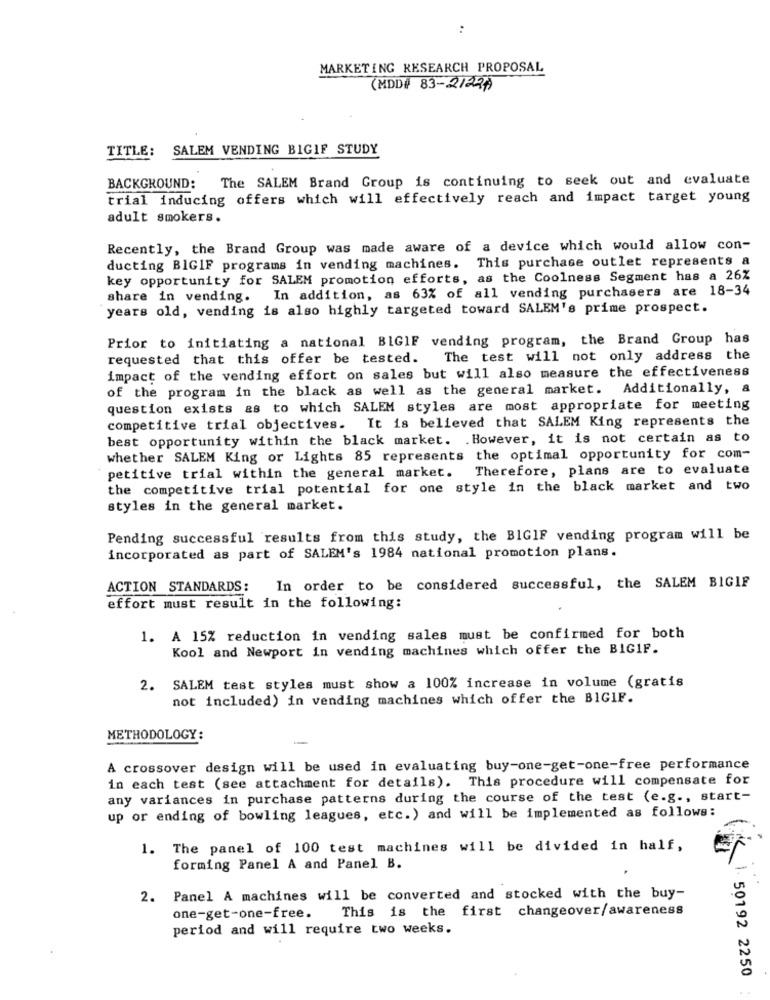
:
MARKETING RESEARCH PROPOSAL
(MDD# 83-2122)
TITLE: SALEM VENDING BIGIF STUDY
BACKGROUND: The SALEM Brand Group is continuing to seek out and evaluate
trial inducing offers which will effectively reach and impact target young
adult smokers.
Recently, the Brand Group was made aware of a device which would allow con-
ducting BIGIF programs in vending machines. This purchase outlet represents a
key opportunity for SALEM promotion efforts, as the Coolness Segment has a 26%
share in vending. In addition, as 63% of all vending purchasers are 18-34
years old, vending is also highly targeted toward SALEM's prime prospect.
Prior to initiating a national BIGIF vending program, the Brand Group has
requested that this offer be tested. The test will not only address the
impact of the vending effort on sales but will also measure the effectiveness
of the program in the black as well as the general market. Additionally, a
question exists &s to which SALEM styles are most appropriate for meeting
competitive trial objectives. It is believed that SALEM King represents the
best opportunity within the black market. . However, it is not certain as to
whether SALEM King or Lights 85 represents the optimal opportunity for com-
Therefore, plans are to evaluate
petitive trial within the general market.
the competitive trial potential for one style in the black market and two
styles in the general market.
Pending successful results from this study, the BIGIF vending program will be
incorporated as part of SALEM's 1984 national promotion plans.
ACTION STANDARDS: In order to be considered successful, the SALEM BIGIF
effort must result in the following:
1. A 15% reduction in vending sales must be confirmed for both
Kool and Newport in vending machines which offer the BIGIF.
2. SALEM test styles must show a 100% increase in volume (gratis
not included) in vending machines which offer the BIGIF.
METHODOLOGY:
A crossover design will be used in evaluating buy-one-get-one-free performance
in each test (see attachment for details). This procedure will compensate for
any variances in purchase patterns during the course of the test (e.g ., start-
up or ending of bowling leagues, etc.) and will be implemented as follows:
1. The panel of 100 test machines will be divided in half,
forming Panel A and Panel B.
2. Panel A machines will be converted and stocked with the buy-
This is the first changeover/awareness
one-get-one-free.
period and will require two weeks.
50192 2250